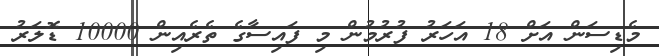
މެޑިސަން އަށް 18 އަހަރު ފުރުމުން މި ފައިސާގެ ތެރެއިން 10000 ޑޮލަރު